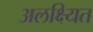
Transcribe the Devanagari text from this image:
अलक्ष्यित